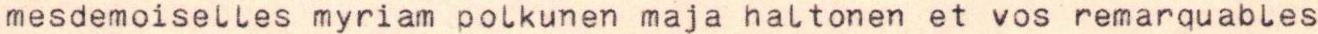
mesdemoiselles myriam polkunen maja haltonen et vos remarquables